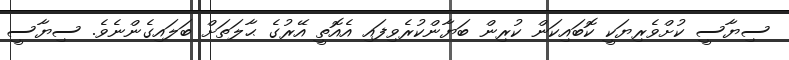
ސިޔާސީ ކުށްވެރިޔަކީ ކޮބައިކަން ކުރިން ބަޔާންކުރެވިފައި އެއޮތީ އޭރުގެ ޙާލަތަށް ބަލައިގެންނެވެ. ސިޔާސީ